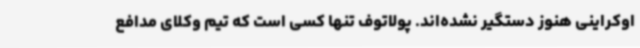
اوکراینی هنوز دستگیر نشده‌اند. پولاتوف تنها کسی است که تیم وکلای مدافع